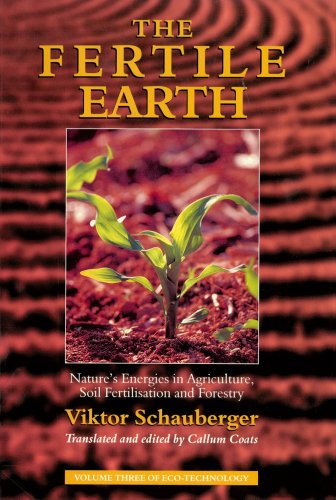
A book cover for The Fertile Earth: Nature's Energies in Agriculture, Soil Fertilisation and Forestry (Ecotechnology); Viktor Schauberger; Science & Math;